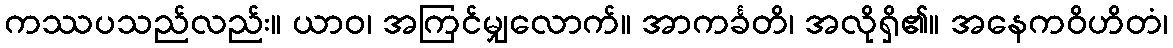
ကဿပသည်လည်း။ ယာဝ၊ အကြင်မျှလောက်။ အာကင်္ခတိ၊ အလိုရှိ၏။ အနေကဝိဟိတံ၊